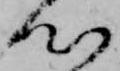
心